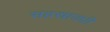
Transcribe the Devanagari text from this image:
सहस्रावधी